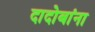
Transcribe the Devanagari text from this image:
दादोबांना